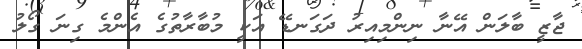
ޖާޒީ ބާލަން އޭނާ ނިންމިއިރު ދަގަނޑޭ އަކީ މުބާރާތުގެ އެންމެ ގިނަ ގޯލު